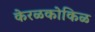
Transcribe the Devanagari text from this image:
केरळकोकिळ